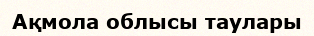
Ақмола облысы таулары